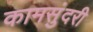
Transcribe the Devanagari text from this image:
कामसुंदरी